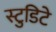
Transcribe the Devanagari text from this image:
स्टुडिटे